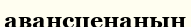
авансценаның